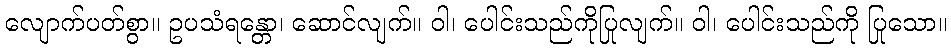
လျောက်ပတ်စွာ။ ဥပသံရန္တော၊ ဆောင်လျက်။ ဝါ၊ ပေါင်းသည်ကိုပြုလျက်။ ဝါ၊ ပေါင်းသည်ကို ပြုသော။